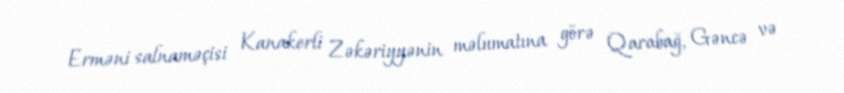
Erməni salnaməçisi Kanakerli Zəkəriyyənin məlumatına görə Qarabağ, Gəncə və